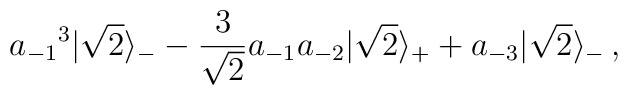
{a_{-1}}^3|\sqrt 2\rangle_- - {3\over \sqrt 2} a_{-1}a_{-2}|\sqrt 2\rangle_++ a_{-3}|\sqrt 2\rangle_-\,,